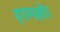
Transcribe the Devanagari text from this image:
हरामख़ोर